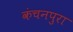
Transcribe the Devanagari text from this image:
कंचनपुरा